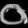
Digit: ၀